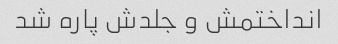
انداختمش و جلدش پاره شد